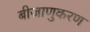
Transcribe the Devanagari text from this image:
बीजाणुकरण